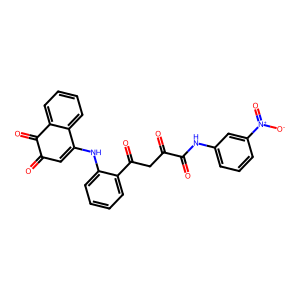
SMILES: O=C1C=C(Nc2ccccc2C(=O)CC(=O)C(=O)Nc2cccc([N+](=O)[O-])c2)c2ccccc2C1=O
Inhibits HIV replication: No